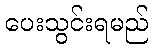
ပေးသွင်းရမည်